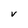
Character: V